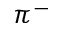
\pi ^ { - }